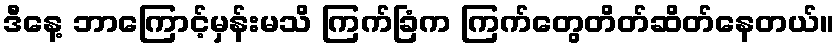
ဒီနေ့ ဘာကြောင့်မှန်းမသိ ကြက်ခြံက ကြက်တွေတိတ်ဆိတ်နေတယ်။